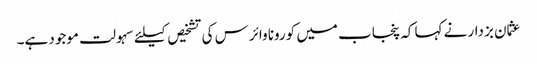
عثمان بزدار نے کہا کہ پنجاب میں کورونا وائرس کی تشخیص کیلئے سہولت موجود ہے۔